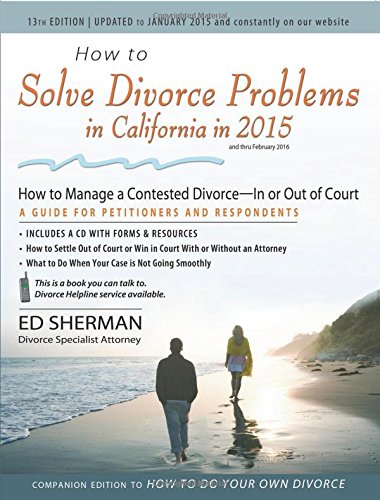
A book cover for How to Solve Divorce Problems in California in 2015: How to Manage a Contested Divorce -- In or Out of Court; Ed Sherman; Law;